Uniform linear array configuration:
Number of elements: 64
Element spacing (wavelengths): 0.25
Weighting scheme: hann
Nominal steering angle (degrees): -60
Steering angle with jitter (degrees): -58.579
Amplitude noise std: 0.05
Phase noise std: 0.05

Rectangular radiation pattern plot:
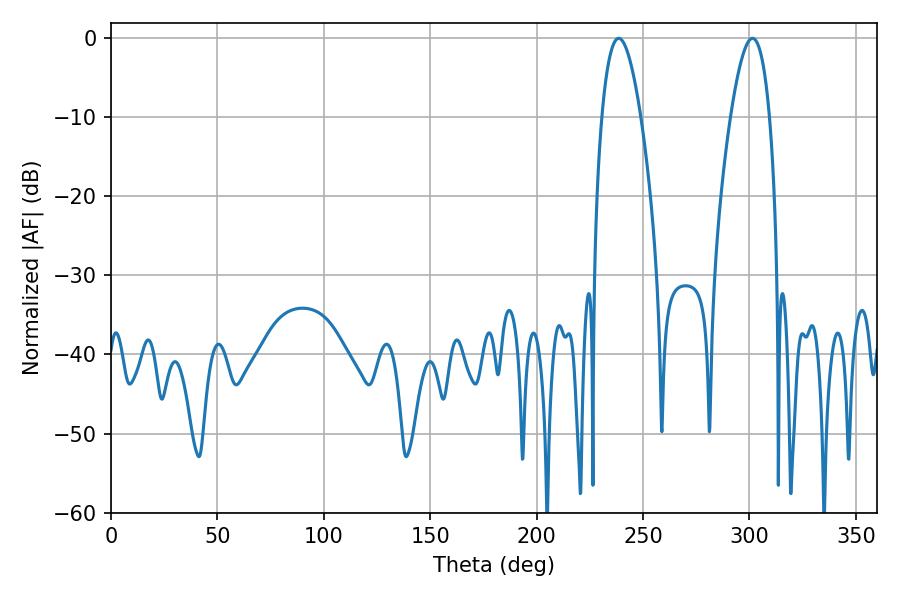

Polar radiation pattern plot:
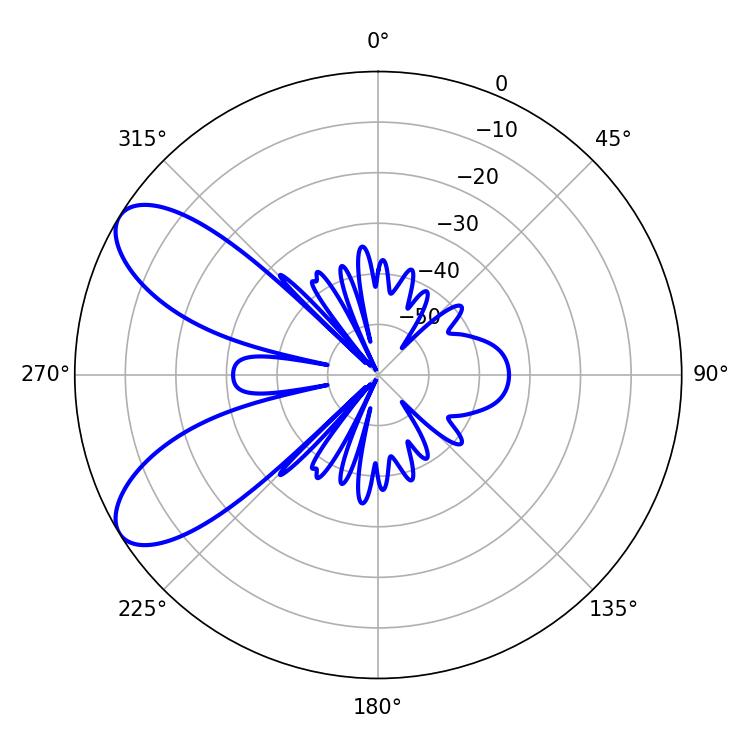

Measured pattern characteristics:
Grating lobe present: FALSE
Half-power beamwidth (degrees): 9.9
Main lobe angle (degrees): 238.5